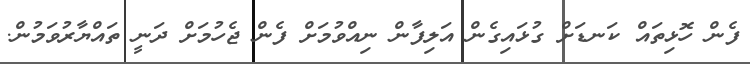
ފެން ހޮޅިތައް ކަނޑަށް ގުޅައިގެން އަލިފާން ނިއްވުމަށް ފެން ޖެހުމަށް ދަނީ ތައްޔާރުވަމުން.